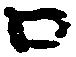
口